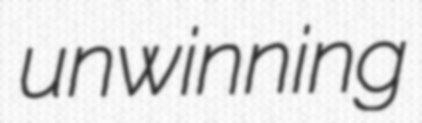
unwinning